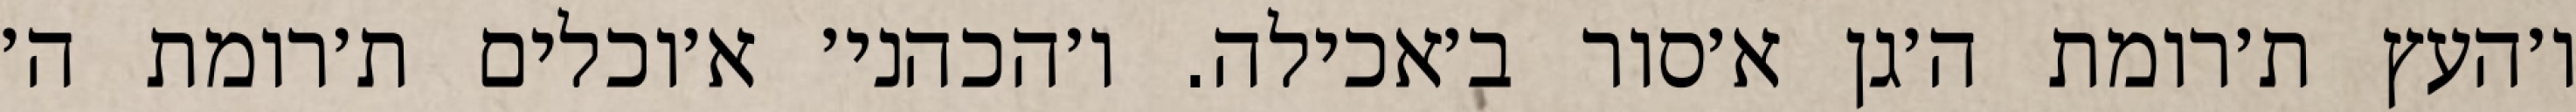
ו׳העץ ת׳רומת ה׳גן א׳סור ב׳אכילה. ו׳הכהני׳ א׳וכלים ת׳רומת ה׳